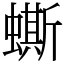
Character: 蟖